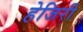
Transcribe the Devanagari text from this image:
हेजिरी